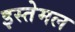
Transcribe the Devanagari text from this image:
इस्तेमल